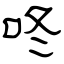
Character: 咚